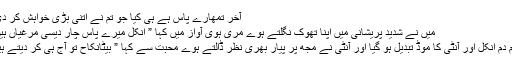
آخر تمھارے پاس ہے ہی کیا جو تم نے اتنی بڑی خواہش کر دی”
میں نے شدید پریشانی میں اپنا تھوک نگلتے ہوے مری ہوی آواز میں کہا ” انکل میرے پاس چار دیسی مرغیاں ہیں”
یکم دم انکل اور آنٹی کا موڈ تبدیل ہو گیا اور آنٹی نے مجھ پر پیار بھری نظر ڈالتے ہوے محبت سے کہا ” بیٹانکاح تو آج ہی کر دیتے ہیں۔